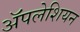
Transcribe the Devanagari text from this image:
ॲपलेशियन